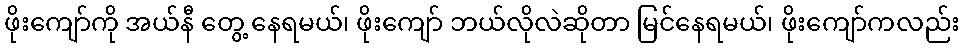
ဖိုးကျော်ကို အယ်နီ တွေ့ နေရမယ်၊ ဖိုးကျော် ဘယ်လိုလဲဆိုတာ မြင်နေရမယ်၊ ဖိုးကျော်ကလည်း